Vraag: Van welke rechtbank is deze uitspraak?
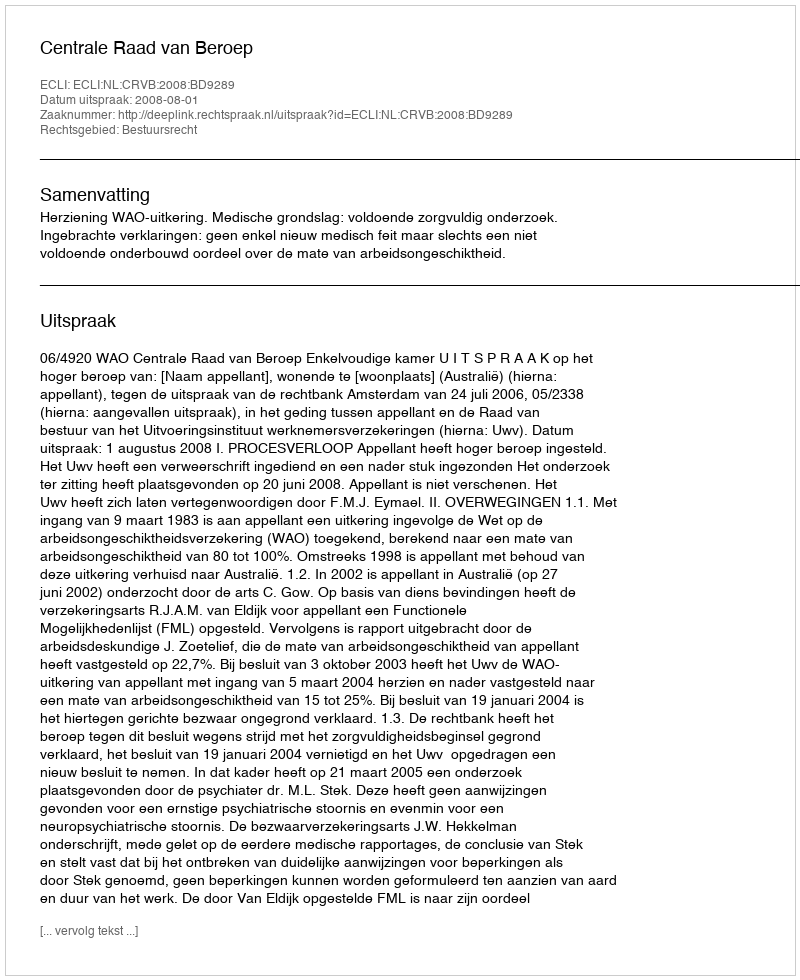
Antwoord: Centrale Raad van Beroep